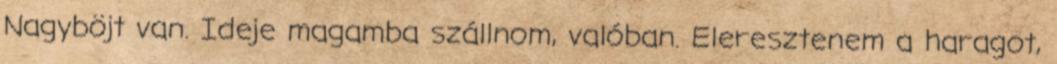
Nagyböjt van. Ideje magamba szállnom, valóban. Eleresztenem a haragot,